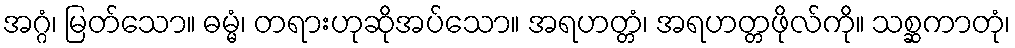
အဂ္ဂံ၊ မြတ်သော။ ဓမ္မံ၊ တရားဟုဆိုအပ်သော။ အရဟတ္တံ၊ အရဟတ္တဖိုလ်ကို။ သစ္ဆကာတုံ၊